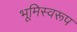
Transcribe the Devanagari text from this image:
भूमिस्वरूप